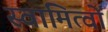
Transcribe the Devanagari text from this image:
स्वामित्वों